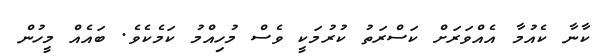
ކާނާ ކެއުމާ އެއްވަރަށް ކަސްރަތު ކުރުމަކީ ވެސް މުހިއްމު ކަމެކެވެ. ބައެއް މީހުން